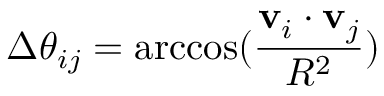
\Delta \theta _ { i j } = \operatorname { a r c c o s } ( \frac { \mathbf { v } _ { i } \cdot \mathbf { v } _ { j } } { R ^ { 2 } } )